Leaving Certificate Examination, 1914
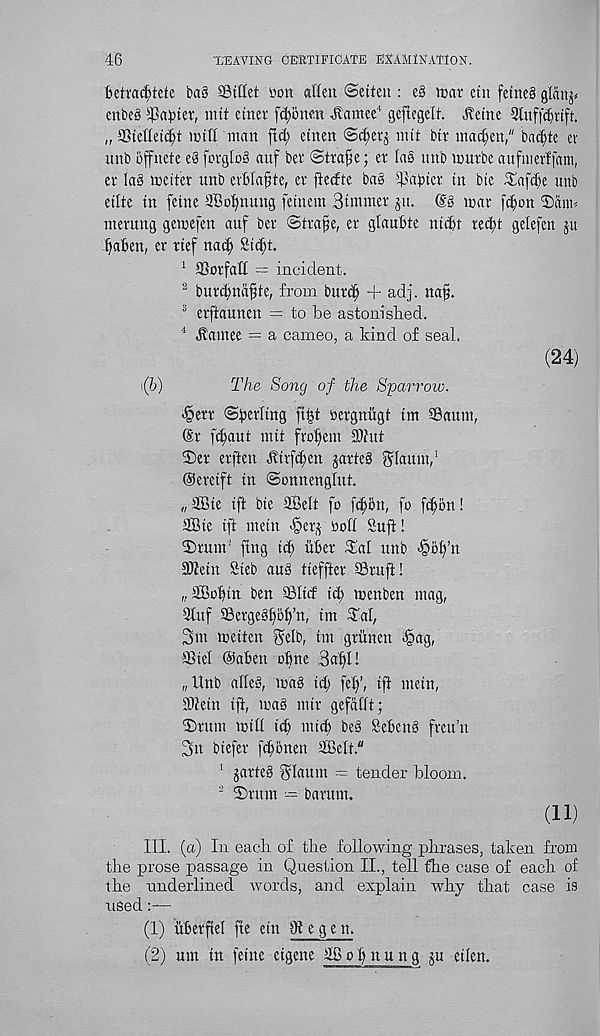
46
X’EAVING CERTIFICATE EXAMINATION.
6etrad)tete Da§ SBiffet »on aEeu ©etteit: eg mar etu fetneg glanj*
enbeg ^a^ter, nut etner fct;onen 4?amee 4 gefiegelt. 4teine Sluff^rift.
„S5teEeti^t mill man fid; etnen <3$er$ nut btr ina^en," ba(|te ev
unb iijfnete eg fcrglog auf bet ©tra^e; er lag imb murbe aufnterffam,
er lag me iter unb evfelafte, er fietfte bag papier in bte ^afcpe unb
eilte in feine iffic^nung fetnem Simmer ju. (§§ mar fcpon ©anu
nterung gemefen auf ber ©trafe, er glaupte nti^t reipt gelefcn ju
^aBen, er rief nadf Sic^t.
1 Sorfatt = incident.
2 burdmafjte, from burd; + adj. na§.
3 erftaunen = to be astonished.
4 jtamee = a cameo, a kind of seal.
(24)
(b)
The Song of the Sparrow.
<@err ©perltng ft§t Dergnitgt tm a3aum,
(Sr fd;aut init fro^em iOiut
©er erften dtirfd)en jarteg flaunt, 1
Oercift in ©onnenglut.
„3Bie ift bie 3BeIt fo jcffon, fo fc^on!
SBie ift mein -§erj Doll Suft!
©rum’ ftng id; liber ©at unb -@bl;’n
Sltein Sieb aug tieffter Sruft!
„ ®c»Bin. ben ©ltd id) menben mag,
9tuf ©ergegbbp’n, im ©at,
3m meiten ielb, im griinen ^>ag,
SSiel @aben opne 3at>I!
„Unb atteg, mag id; fel;’, if! mein,
ihtein ift, mag mir gefdllt;
©rum mill ify micp beg Sebeng freu’n
3n biefer fd;bnen iffielt"
1 jarteg 3Iaum —- tender bloom.
2 ©rum •— barum.
(ID
III. (a) In each of the following phrases, taken from
the prose passage in Question II., tell fhe case of each of
the underlined words, and explain why that case is
used
(1) itberfiel fte etn 9? e g e n,
(2) urn in feine cigene
nu ng ju etlen.